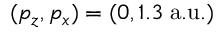
( p _ { z } , p _ { x } ) = ( 0 , 1 . 3 \; \mathrm { a . u . ) }